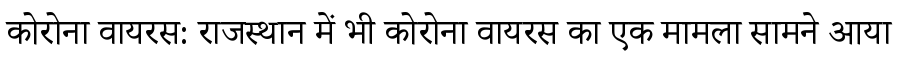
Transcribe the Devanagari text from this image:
कोरोना वायरस: राजस्थान में भी कोरोना वायरस का एक मामला सामने आया